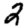
Digit: 2